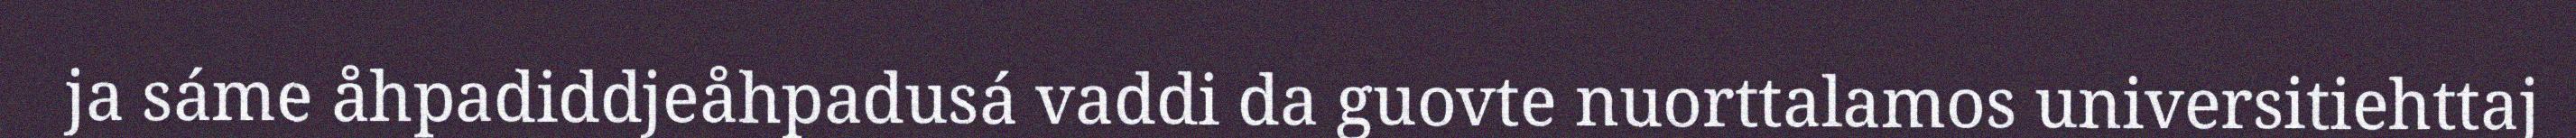
ja sáme åhpadiddjeåhpadusá vaddi da guovte nuorttalamos universitiehttaj